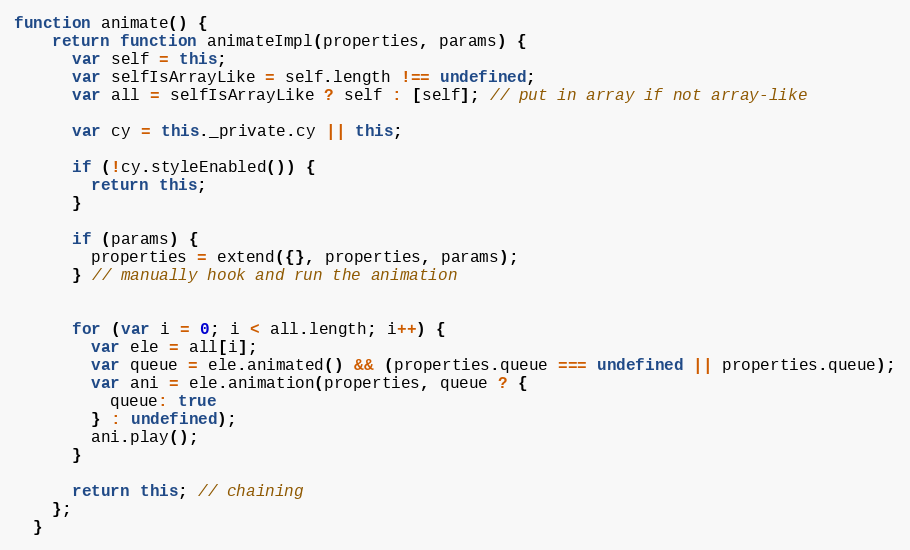
Language: JavaScript
function animate() {
    return function animateImpl(properties, params) {
      var self = this;
      var selfIsArrayLike = self.length !== undefined;
      var all = selfIsArrayLike ? self : [self]; // put in array if not array-like

      var cy = this._private.cy || this;

      if (!cy.styleEnabled()) {
        return this;
      }

      if (params) {
        properties = extend({}, properties, params);
      } // manually hook and run the animation

      for (var i = 0; i < all.length; i++) {
        var ele = all[i];
        var queue = ele.animated() && (properties.queue === undefined || properties.queue);
        var ani = ele.animation(properties, queue ? {
          queue: true
        } : undefined);
        ani.play();
      }

      return this; // chaining
    };
  }